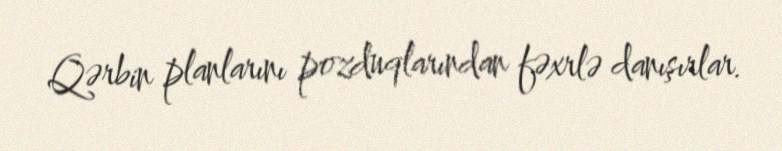
Qərbin planlarını pozduqlarından fəxrlə danışırlar.